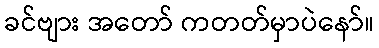
ခင်ဗျား အတော် ကတတ်မှာပဲနော်။